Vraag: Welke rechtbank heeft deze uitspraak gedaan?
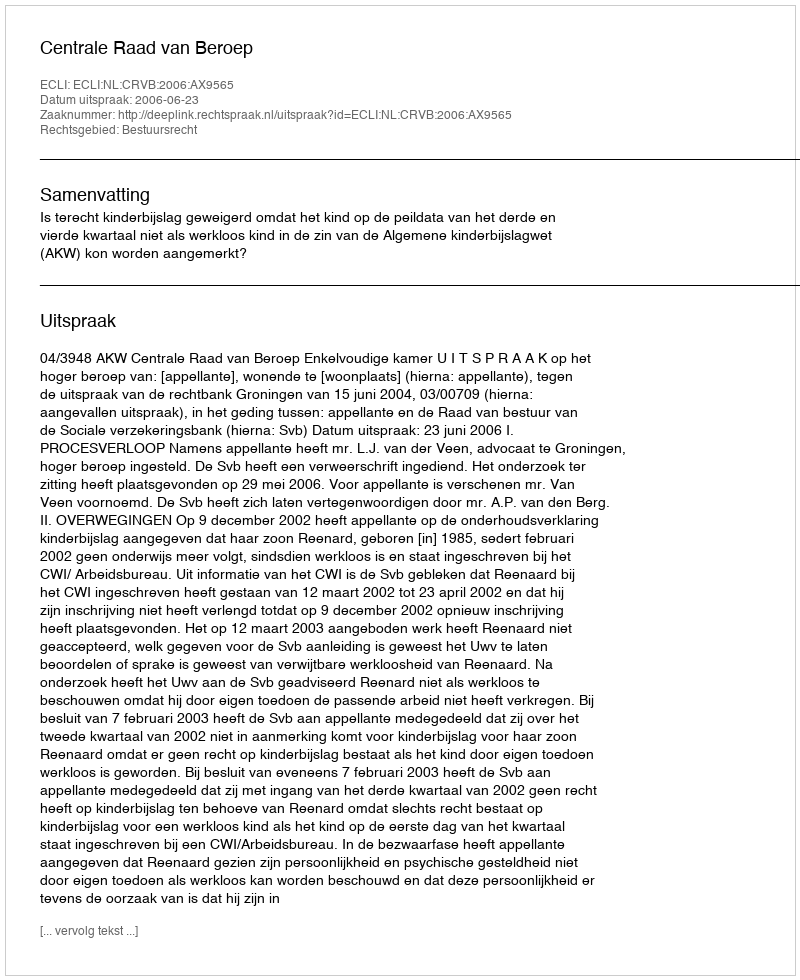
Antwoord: Centrale Raad van Beroep